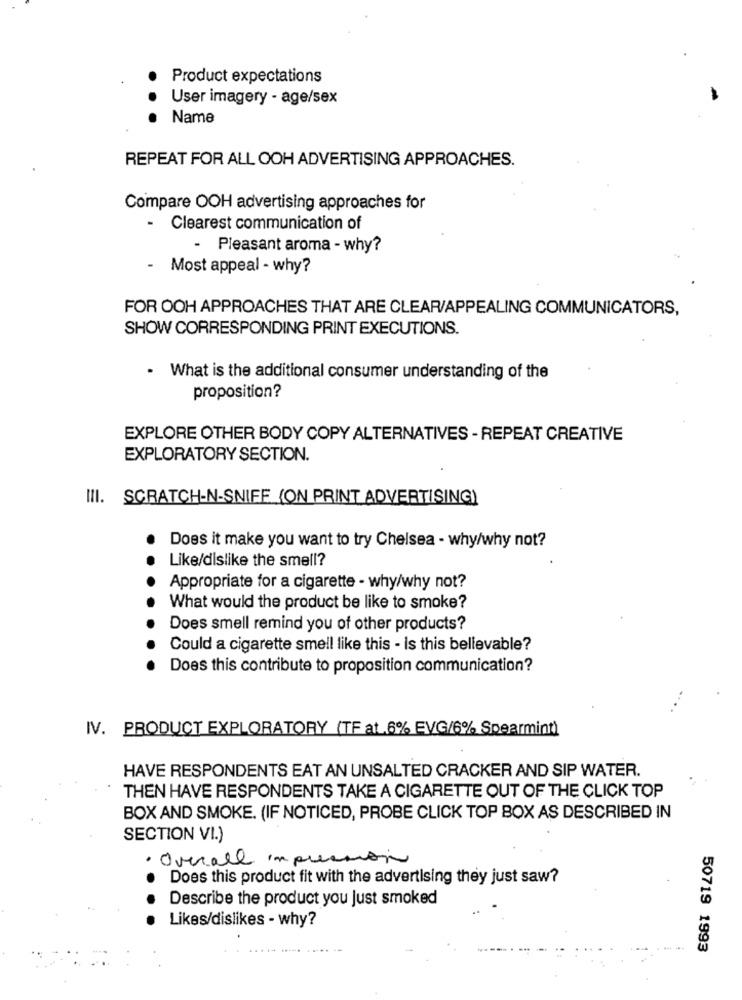
Product expectations
User imagery - age/sex
Name
REPEAT FOR ALL OOH ADVERTISING APPROACHES.
Compare OOH advertising approaches for
- Clearest communication of
- Pleasant aroma - why?
-
Most appeal - why?
FOR OOH APPROACHES THAT ARE CLEAR/APPEALING COMMUNICATORS,
SHOW CORRESPONDING PRINT EXECUTIONS.
. What is the additional consumer understanding of the
proposition?
EXPLORE OTHER BODY COPY ALTERNATIVES - REPEAT CREATIVE
EXPLORATORY SECTION.
III. SCRATCH-N-SNIFF (ON PRINT ADVERTISING)
Does it make you want to try Chelsea - why/why not?
Like/dislike the smell?
Appropriate for a cigarette - why/why not?
What would the product be like to smoke?
Does smell remind you of other products?
Could a cigarette smell like this - Is this believable?
Does this contribute to proposition communication?
IV. PRODUCT EXPLORATORY (TF at .6% EVG/6% Spearmint)
HAVE RESPONDENTS EAT AN UNSALTED CRACKER AND SIP WATER.
THEN HAVE RESPONDENTS TAKE A CIGARETTE OUT OF THE CLICK TOP
BOX AND SMOKE. (IF NOTICED, PROBE CLICK TOP BOX AS DESCRIBED IN
SECTION VI.)
· Overall impression
Does this product fit with the advertising they just saw?
Describe the product you Just smoked
Likes/dislikes - why?
50719 1993